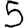
Digit: 5